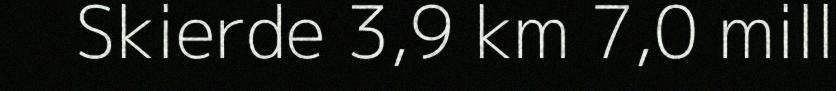
Skierde 3,9 km 7,0 mill